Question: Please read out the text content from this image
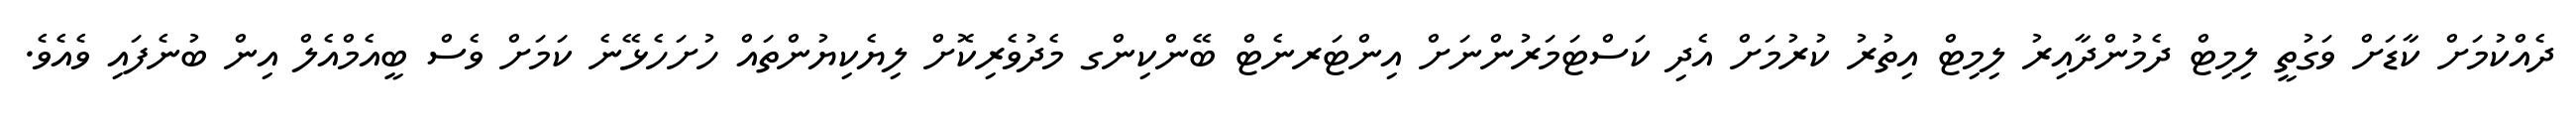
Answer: ދެއްކުމަށް ކާޑަށް ވަގުތީ ލިމިޓް ދެމުންދާއިރު ލިމިޓް އިތުރު ކުރުމަށް އެދި ކަސްޓަމަރުންނަށް އިންޓަރނެޓް ބޭންކިންގ މެދުވެރިކޮށް ލިޔެކިޔުންތައް ހުށަހެޅޭނެ ކަމަށް ވެސް ބީއެމްއެލް އިން ބުނެފައި ވެއެވެ.